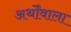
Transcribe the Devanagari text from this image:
अर्थोंवाला